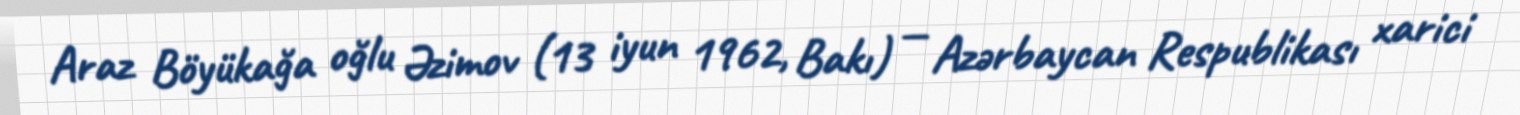
Araz Böyükağa oğlu Əzimov (13 iyun 1962, Bakı) — Azərbaycan Respublikası xarici